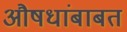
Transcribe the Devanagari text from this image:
औषधांबाबत